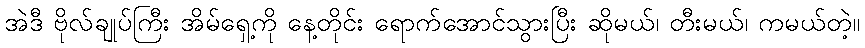
အဲဒီ ဗိုလ်ချုပ်ကြီး အိမ်ရှေ့ကို နေ့တိုင်း ရောက်အောင်သွားပြီး ဆိုမယ်၊ တီးမယ်၊ ကမယ်တဲ့။